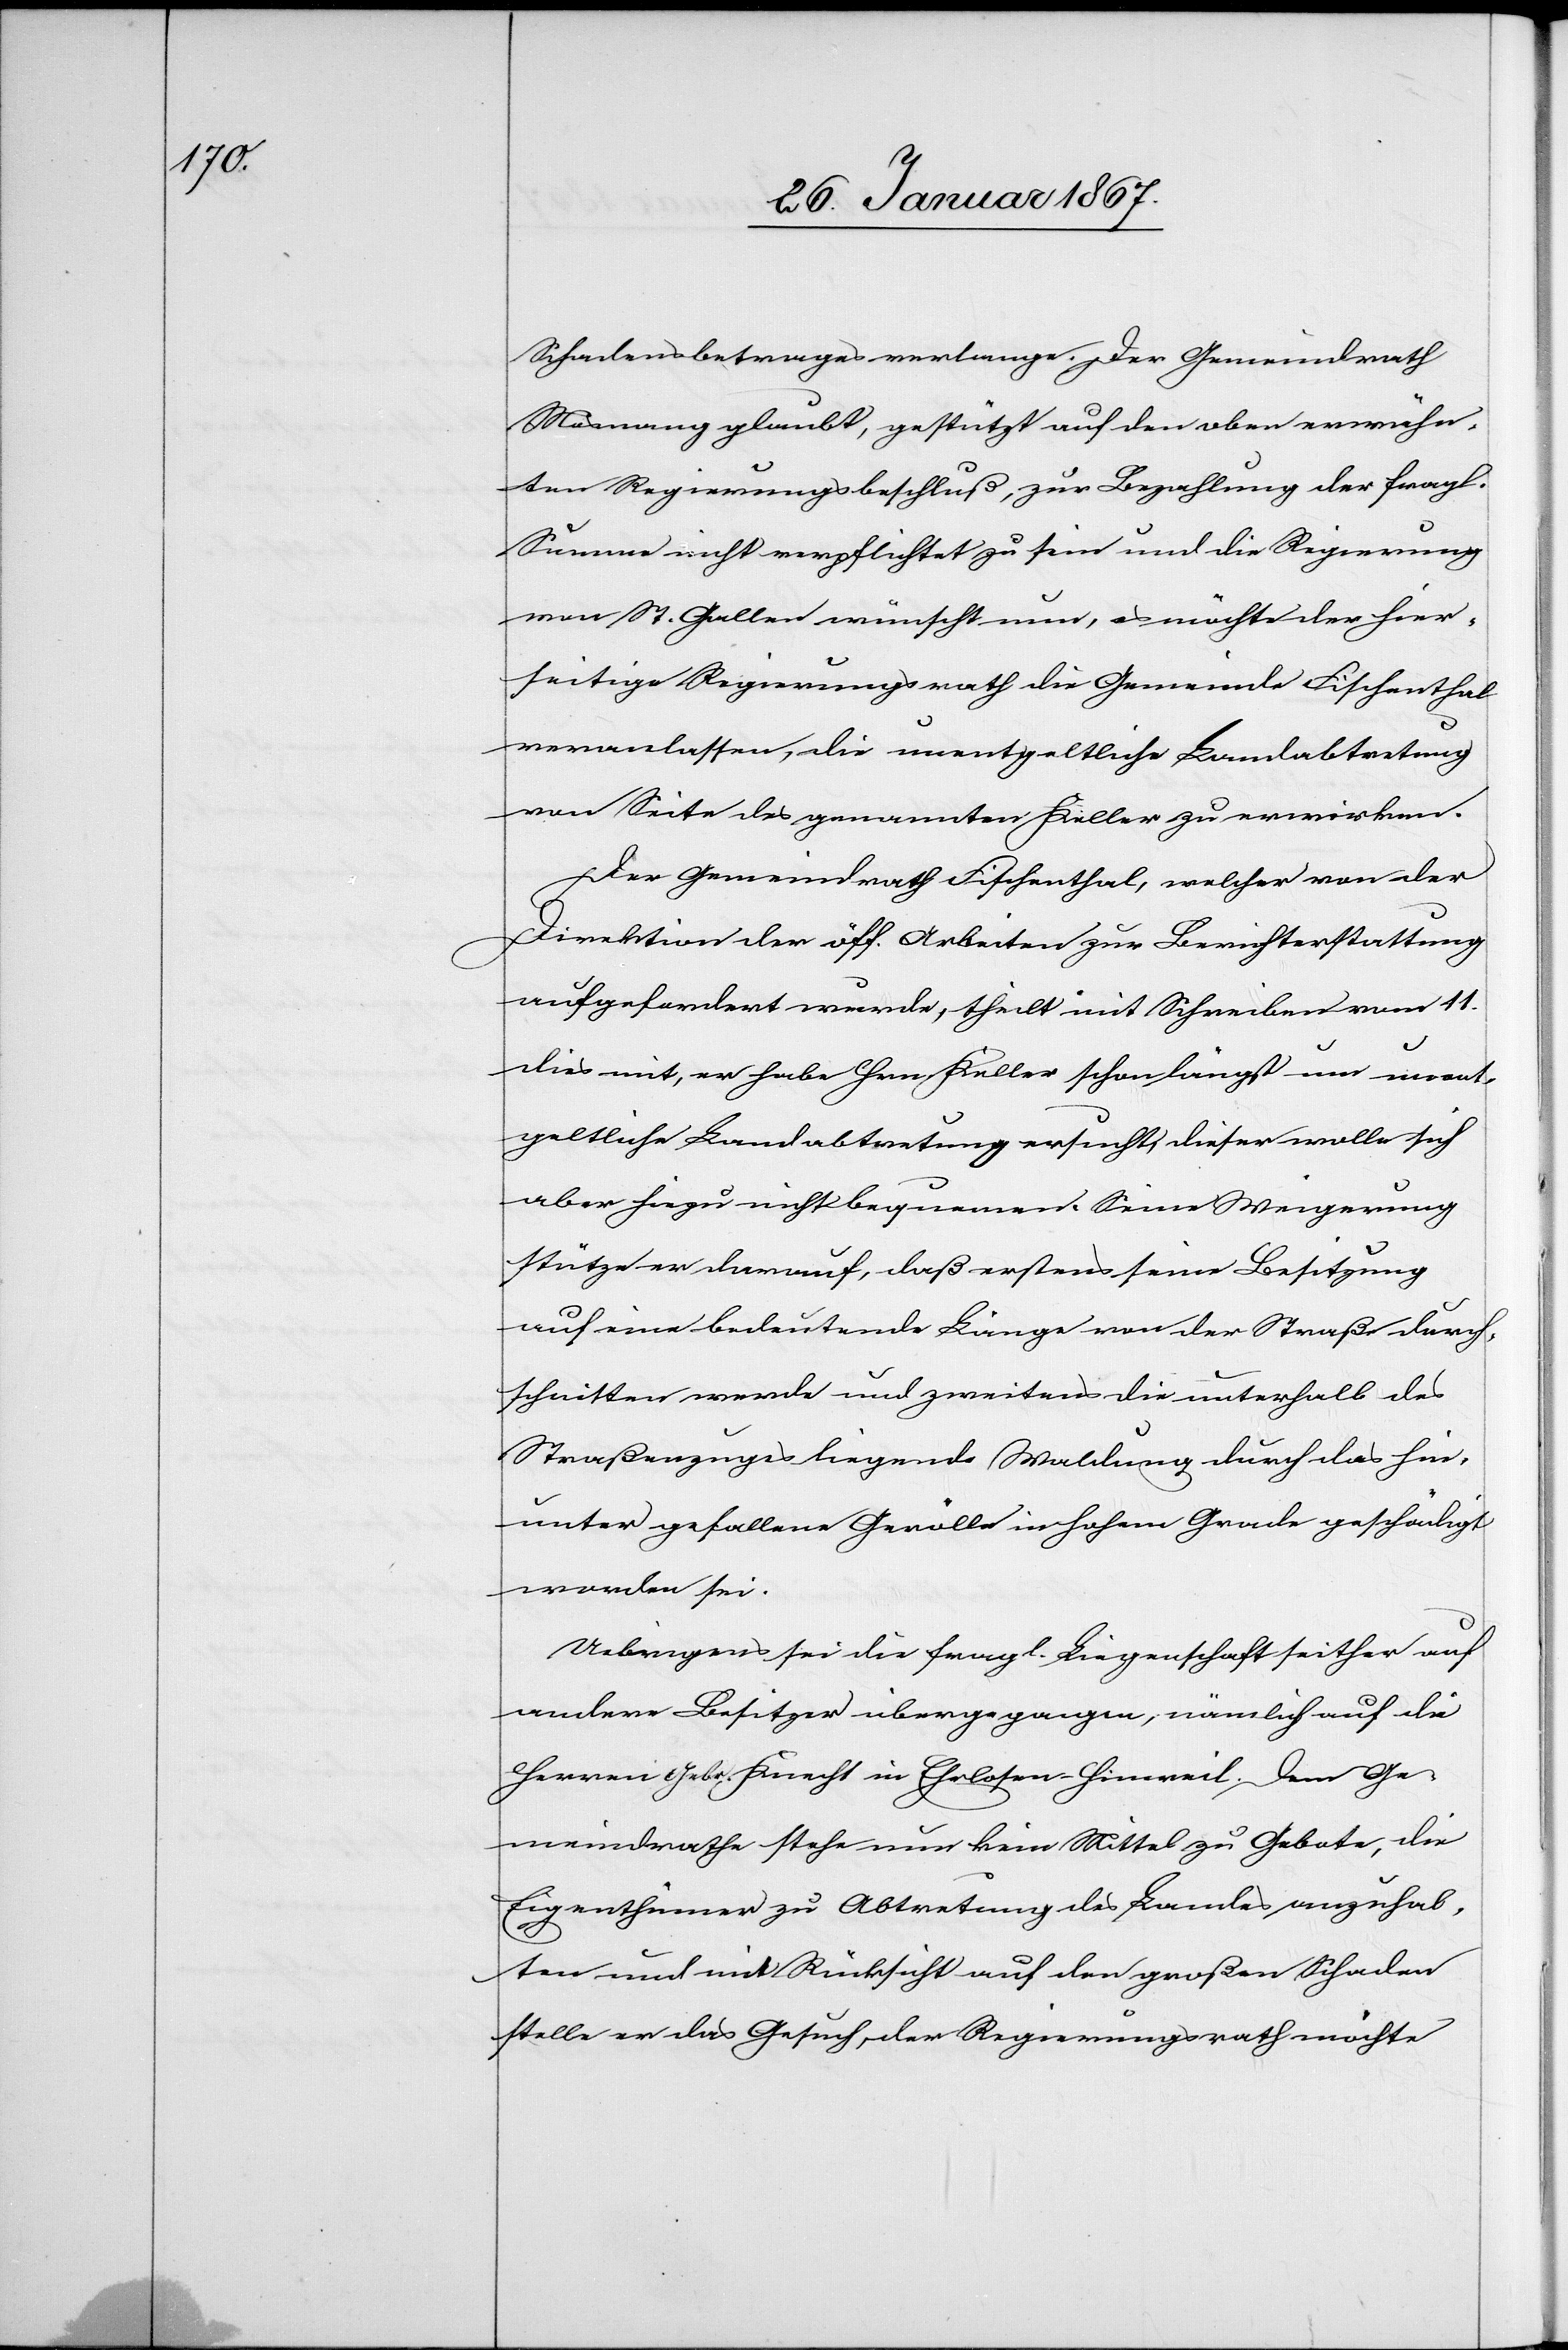
Schadenbetrages verlange. Der Gemeinderath
Mosnang glaubt, gestützt auf den oben erwähn¬
ten Regierungsbeschluß, zur Bezahlung der fragl.
Summe nicht verpflichtet zu sein und die Regierung
von St. Gallen wünscht nun, es möchte der hier¬
seitige Regierungsrath die Gemeinde Fischenthal
veranlassen, die unentgeltliche Landabtretung
von Seite des genannten Keller zu erwirken.
Der Gemeindrath Fischenthal, welcher von der
Direktion der öff. Arbeiten zur Berichterstattung
aufgefordert wurde, theilt mit Schreiben vom 11.
dies mit, er habe Hrn Keller schon längst um unent¬
geltliche Landabtretung ersucht, dieser wolle sich
aber hiezu nicht bequemen. Seine Weigerung
stütze er darauf, daß erstens seine Besitzung
auf eine bedeutende Länge von der Straße durch¬
schnitten werde und zweitens die unterhalb des
Straßenzuges liegende Waldung durch das hie¬
unter gefallene Gerölle in hohem Grade geschädigt
worden sei.
Uebrigens sei die fragl. Liegenschaft seither auf
andere Besitzer übergegangen, nämlich auf die
Herren Gebr. Knecht in Ehrlosen-Hinweil. Dem Ge¬
meinderathe stehe nun kein Mittel zu Gebote, die
Eigenthümer zu Abtretung des Landes anzuhal¬
ten und mit Rücksicht auf den großen Schaden
stelle er das Gesuch, der Regierungsrath möchte